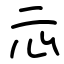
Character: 忈